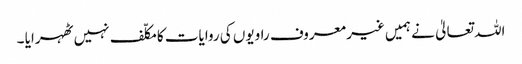
اللہ تعالیٰ نے ہمیں غیر معروف راویوں کی روایات کا مکلّف نہیں ٹھہرایا ۔